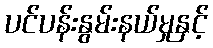
ပင်ပန်းနွမ်းနယ်မှုနှင့်